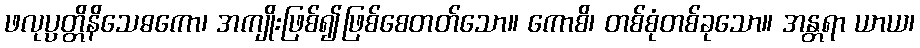
ဖလုပ္ပတ္တိနိသေဓကော၊ အကျိုးဖြစ်၍ဖြစ်စေတတ်သော။ ကောစိ၊ တစ်စုံတစ်ခုသော။ အန္တရာ ယာယ၊